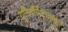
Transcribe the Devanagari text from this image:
यूनिवर्सिटीकडून